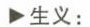
生义: